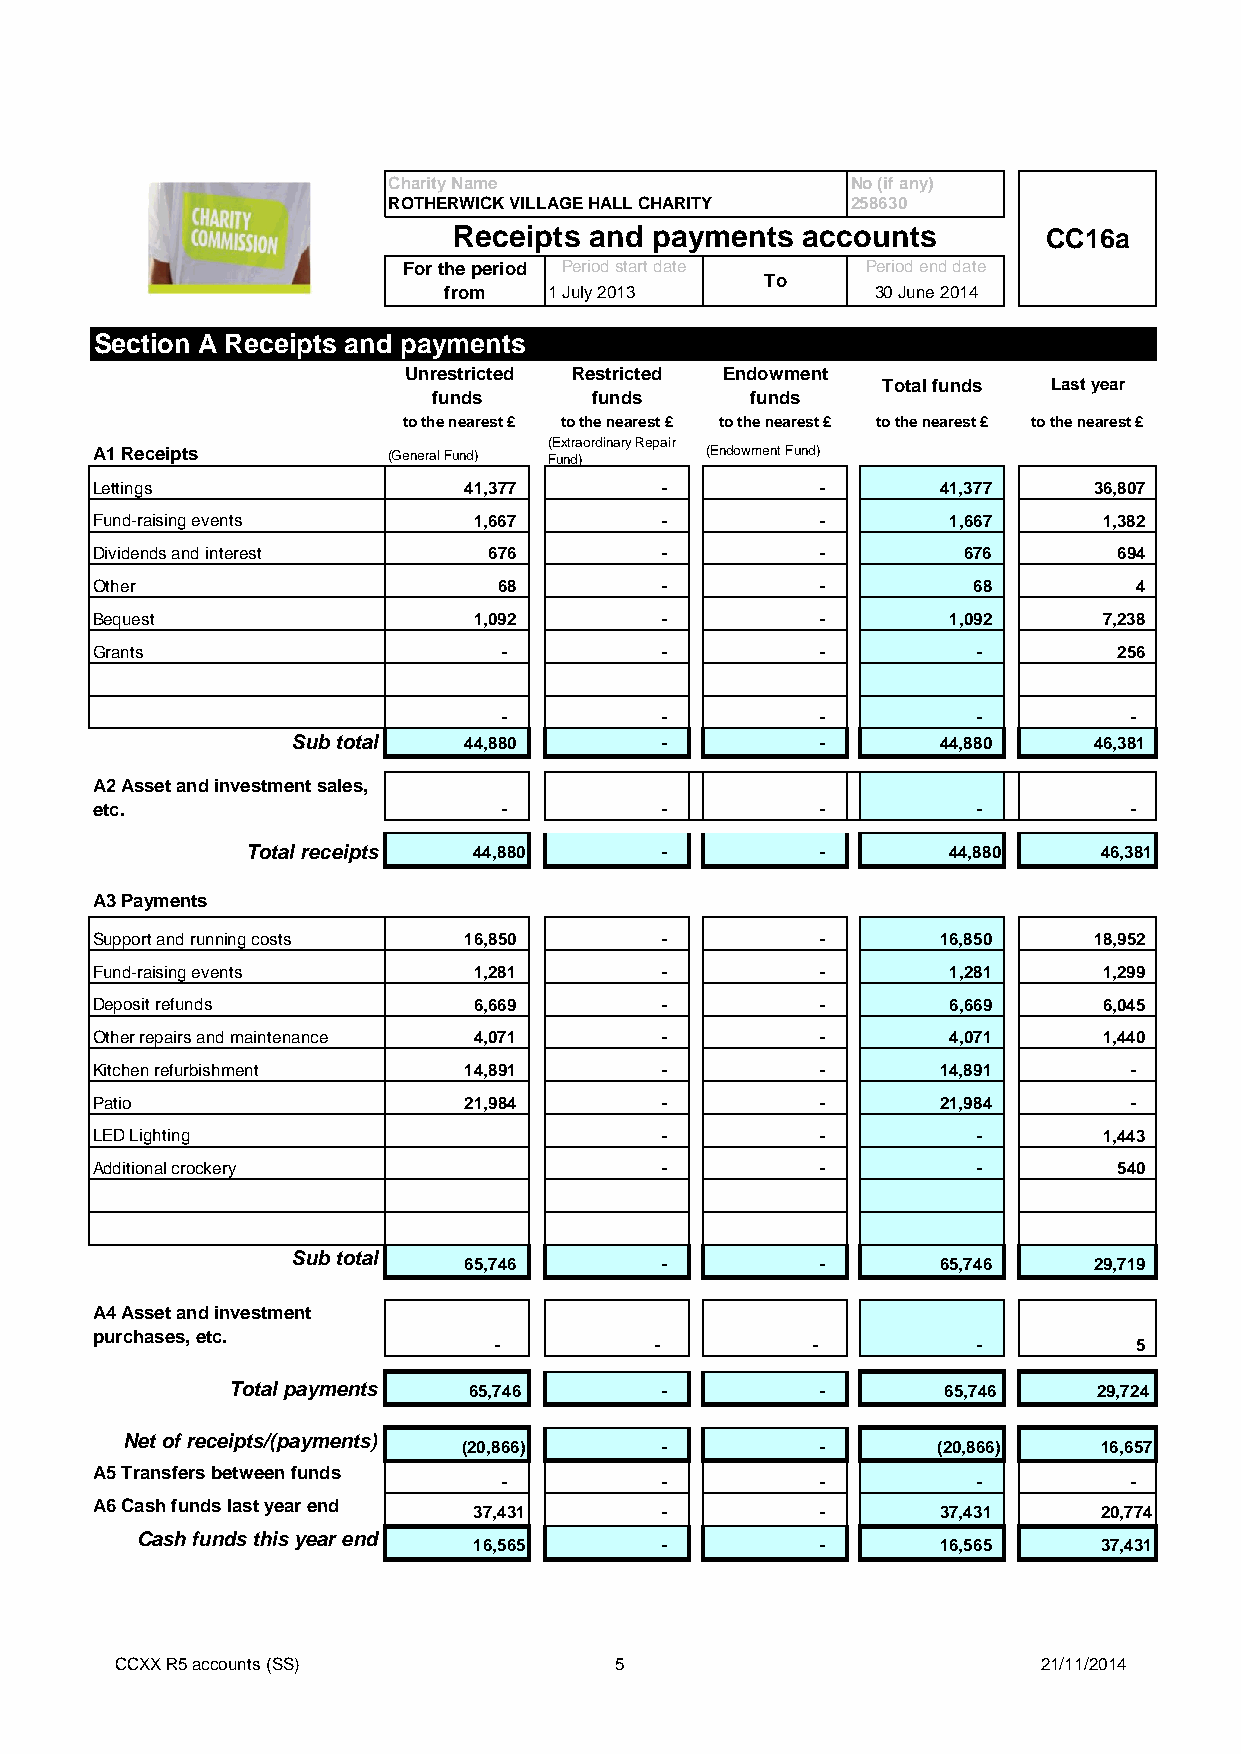
Charity Name                  No (if any)
 ROTHERWICK VILLAGE HALL CHARITY 258630
 Receipts and payments  accounts        CC16a
 For the period Period start date Period end date
 To
 from   1 July 2013           30 June 2014
 Section A Receipts and payments
 Unrestricted Restricted Endowment
 Total funds Last year
 funds     funds      funds
 to the nearest £ to the nearest £ to the nearest £ to the nearest £ to the nearest £
 (Extraordinary Repair
 A1 Receipts         (General Fund) Fund) (Endowment Fund)
 Lettings                 41,377       -         -       41,377    36,807
 Fund-raising events      1,667        -         -        1,667     1,382
 Dividends and interest    676         -         -         676       694
 Other                      68         -         -         68         4
 Bequest                  1,092        -         -        1,092     7,238
 Grants                     -          -         -          -        256
 -          -         -          -         -
 Sub total   44,880       -         -       44,880    46,381
 A2 Asset and investment sales,
 etc.                       -          -         -          -         -
 Total receipts 44,880       -         -        44,880    46,381
 A3 Payments
 Support and running costs 16,850      -         -       16,850    18,952
 Fund-raising events      1,281        -         -        1,281     1,299
 Deposit refunds          6,669        -         -        6,669     6,045
 Other repairs and maintenance 4,071   -         -        4,071     1,440
 Kitchen refurbishment    14,891       -         -       14,891       -
 Patio                    21,984       -         -       21,984       -
 LED Lighting                          -         -          -       1,443
 Additional crockery                   -         -          -        540
 Sub total
 65,746       -         -       65,746    29,719
 A4 Asset and investment
 purchases, etc.
 -         -          -          -         5
 Total payments  65,746       -         -       65,746     29,724
 Net of receipts/(payments)
 (20,866)     -         -       (20,866)   16,657
 A5 Transfers between funds
 -          -         -          -         -
 A6 Cash funds last year end
 37,431       -         -       37,431     20,774
 Cash funds this year end
 16,565       -         -       16,565     37,431
 CCXX R5 accounts (SS)            5                           21/11/2014